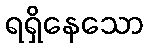
ရရှိနေသော